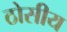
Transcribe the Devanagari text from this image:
ठोसीय